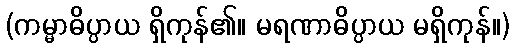
(ကမ္မာဓိပ္ပာယ ရှိကုန်၏။ မရဏာဓိပ္ပာယ မရှိကုန်။)